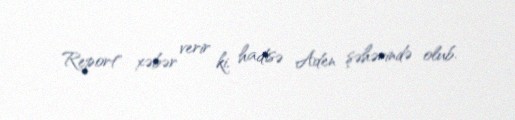
Report" xəbər verir ki, hadisə Aden şəhərində olub.